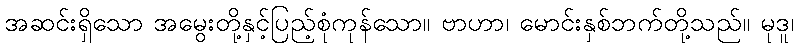
အဆင်းရှိသော အမွေးတို့နှင့်ပြည့်စုံကုန်သော။ ဗာဟာ၊ မောင်းနှစ်ဘက်တို့သည်။ မုဒူ၊